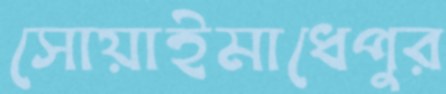
সোয়াইমাধেপুর